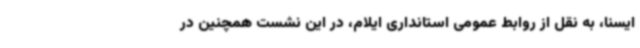
ایسنا، به نقل از روابط عمومی استانداری ایلام، در این نشست همچنین در